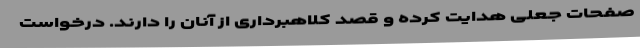
صفحات جعلی هدایت کرده و قصد کلاهبرداری از آنان را دارند. درخواست